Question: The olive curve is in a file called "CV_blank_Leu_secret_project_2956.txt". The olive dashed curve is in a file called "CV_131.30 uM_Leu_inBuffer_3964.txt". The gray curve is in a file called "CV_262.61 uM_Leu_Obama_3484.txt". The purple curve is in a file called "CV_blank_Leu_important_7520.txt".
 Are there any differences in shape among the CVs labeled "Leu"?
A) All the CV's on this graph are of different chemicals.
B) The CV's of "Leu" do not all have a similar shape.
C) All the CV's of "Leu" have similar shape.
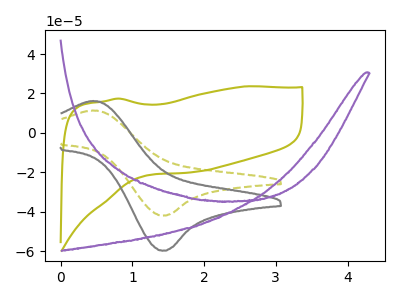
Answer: <think>The olive curve "Leu blank" has no peaks. The olive dashed curve "Leu 131.30 uM" has an anodic peak at (0.45V, 11.35uA) and a cathodic peak at (1.40V, -41.95uA). The gray curve "Leu 262.61 uM" has an anodic peak at (0.45V, 16.15uA) and a cathodic peak at (1.40V, -59.80uA). The purple curve "Leu blank" has no peaks.
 "Leu blank" and "Leu 131.30 uM" have a different number of peaks. "Leu blank" and "Leu 262.61 uM" have a different number of peaks. Neither "Leu blank" or "Leu blank" have any peaks. All the peaks in "Leu 131.30 uM" have a peak in "Leu 262.61 uM" at the same potential. Every peak in "Leu 131.30 uM" is lower than every peak in "Leu 262.61 uM". "Leu 131.30 uM" and "Leu blank" have a different number of peaks. "Leu 262.61 uM" and "Leu blank" have a different number of peaks.</think>
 <answer>C) All the CV's of "Leu" have similar shape.</answer>
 <eval>C</eval>